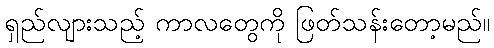
ရှည်လျားသည့် ကာလတွေကို ဖြတ်သန်းတော့မည်။